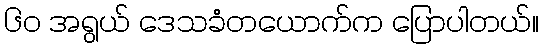
၆၀ အရွယ် ဒေသခံတယောက်က ပြောပါတယ်။